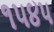
૧૫૪૫